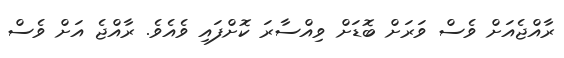
ރާއްޖެއަށް ވެސް ވަރަށް ބޮޑަށް ވިއްސާރަ ކޮށްފައި ވެއެވެ. ރާއްޖެ އަށް ވެސް